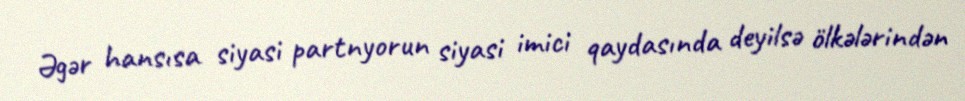
Əgər hansısa siyasi partnyorun siyasi imici qaydasında deyilsə ölkələrindən